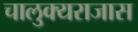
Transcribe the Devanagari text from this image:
चालुक्यराजास